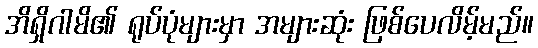
အိရှိဂါမိ၏ ရုပ်ပုံများမှာ အများဆုံး ဖြစ်ပေလိမ့်မည်။